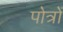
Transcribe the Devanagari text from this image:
पोत्रों